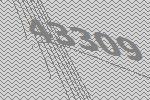
43309